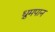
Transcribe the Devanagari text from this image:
ध्रुमपान